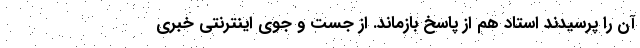
آن را پرسیدند استاد هم از پاسخ بازماند. از جست و جوی اینترنتی خبری